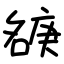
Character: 㗮